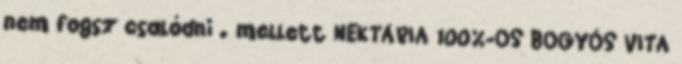
nem fogsz csalódni . mellett NEKTÁRIA 100%-OS BOGYÓS VITA